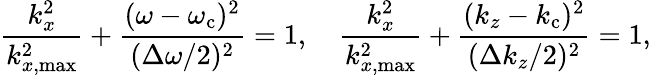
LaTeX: \frac{k_{x}^{2}}{k_{x,\mathrm{max}}^{2}}+\frac{(\omega-\omega_{\mathrm{c}})^{2}}{(\Delta\omega/2)^{2}}=1,\quad\frac{k_{x}^{2}}{k_{x,\mathrm{max}}^{2}}+\frac{(k_{z}-k_{\mathrm{c}})^{2}}{(\Delta k_{z}/2)^{2}}=1,